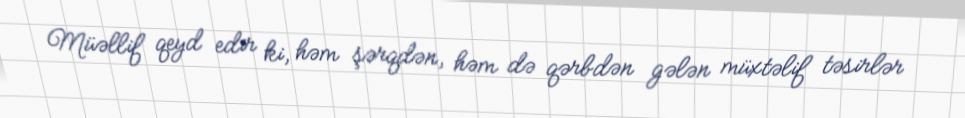
Müəllif qeyd edir ki, həm şərqdən, həm də qərbdən gələn müxtəlif təsirlər